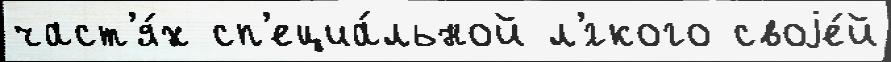
част'я́х сп'ециа́льной л'́гкого своjе́й